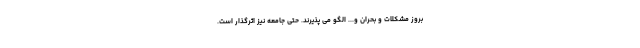
بروز مشکلات و بحران و... الگو می پذیرند. حتی جامعه نیز اثرگذار است.